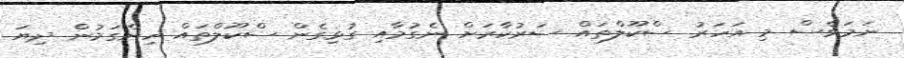
ނަމަވެސް މި އަހަރު ސްކޫލްތައް ސަރުކާރަށް ނެގުމާއި ގުޅިގެން ސްކޫލްތައް ހިންގަމުން ދިޔަ